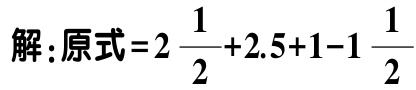
解：原式\(=2\frac{1}{2}+2.5 + 1 - 1\frac{1}{2}\)